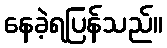
နေခဲ့ရပြန်သည်။